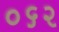
૦૬૨